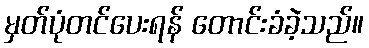
မှတ်ပုံတင်ပေးရန် တောင်းခံခဲ့သည်။